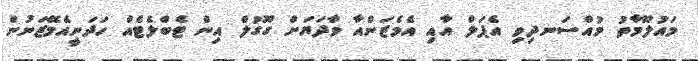
މައުލޫމާތު މުއްސަނދިވި އެޕަލް އާއި އެމެޒަންއާ ވާދަޔަށް ގޫގުލް އިން ޓެބްލެޓެއް ހަދަނީއެމޭޒަނުން